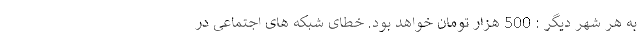
به هر شهر دیگر : 500 هزار تومان خواهد بود. خطای شبکه های اجتماعی در